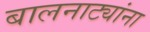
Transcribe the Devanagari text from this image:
बालनाट्यांना